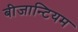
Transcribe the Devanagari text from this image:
बीजान्टियम